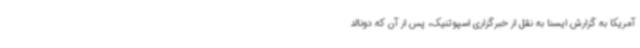
آمریکا به گزارش ایسنا به نقل از خبرگزاری اسپوتنیک، پس از آن که دونالد